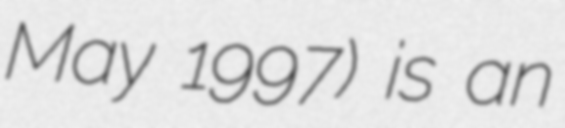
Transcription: May 1997) is an